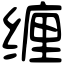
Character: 缠